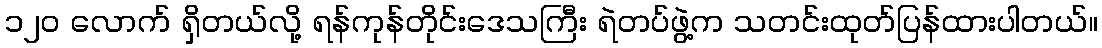
၁၂၀ လောက် ရှိတယ်လို့ ရန်ကုန်တိုင်းဒေသကြီး ရဲတပ်ဖွဲ့က သတင်းထုတ်ပြန်ထားပါတယ်။